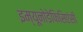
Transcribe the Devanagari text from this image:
इम्यूनोडेफिसिएंसी